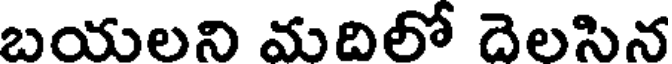
బయలని మదిలో దెలసిన